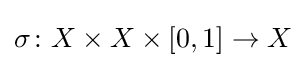
\sigma \colon X\times X\times [0,1]\to X